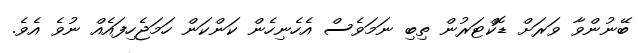
ބޭނުންވާ ވަރަށް ޑޮކްޓަރުން ތިބި ނަމަވެސް އެހެނިހެން ކަންކަން ހަމަޖެހިފައެއް ނުވެ އެވެ.